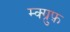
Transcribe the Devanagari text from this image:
म्क्ग्रुफ़